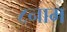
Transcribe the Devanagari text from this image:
८नाम